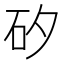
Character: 矽